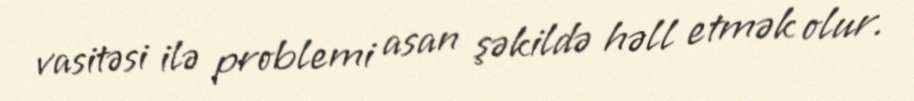
vasitəsi ilə problemi asan şəkildə həll etmək olur.